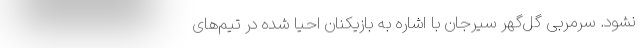
نشود. سرمربی گل‌گهر سیرجان با اشاره به بازیکنان احیا شده در تیم‌های